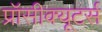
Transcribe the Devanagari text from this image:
प्रॉसीक्यूटर्स